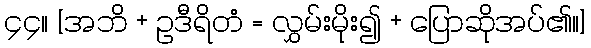
၄၄။ [အဘိ + ဥဒီရိတံ = လွှမ်းမိုး၍ + ပြောဆိုအပ်၏။]